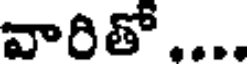
వారితో....